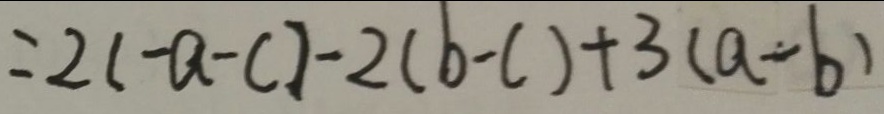
= 2 ( - a - c ) - 2 ( b - c ) + 3 ( a - b )